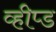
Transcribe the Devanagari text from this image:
व्हीप्ड